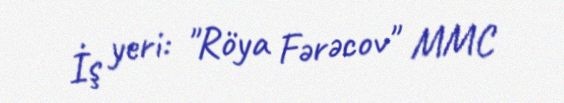
İş yeri: "Röya Fərəcov" MMC